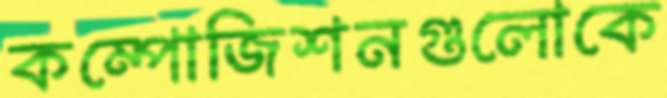
কম্পোজিশনগুলোকে